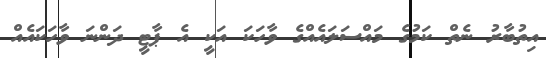
އިތުބާރު ނެތް ކަމުގެ މައްސަލައެއްގެ ވާހަކަ އަކީ އެ ޕާޓީ ދަންނަ ވާހަކައެއް